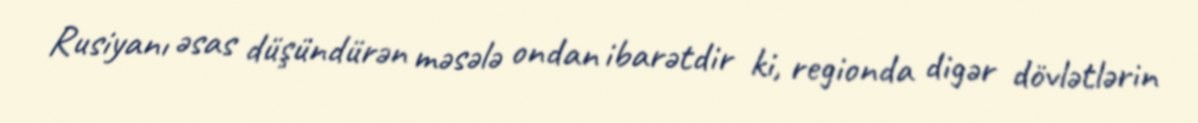
Rusiyanı əsas düşündürən məsələ ondan ibarətdir ki, regionda digər dövlətlərin